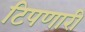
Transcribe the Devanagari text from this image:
टिपणारी